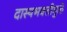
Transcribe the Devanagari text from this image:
दास्यभक्तीमुळे